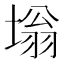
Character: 塕